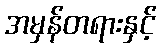
အမှန်တရားနှင့်